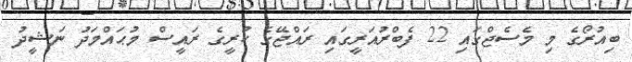
ބިއުރޯގެ މި މެސެޖްގައި 22 ފެބްރުއަރީގައި ރައްޖޭގެ ކުރީގެ ރައީސް މުޙައްމަދު ނަޝީދު